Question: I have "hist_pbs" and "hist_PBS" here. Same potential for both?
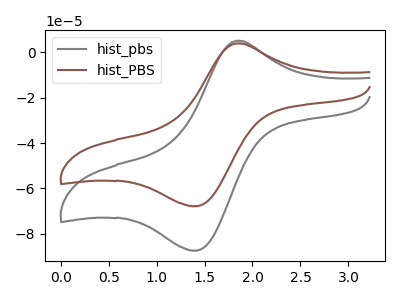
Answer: <think>The gray curve "hist_pbs" has an anodic peak at (1.85V, 5.20uA) and a cathodic peak at (1.35V, -87.45uA). The brown curve "hist_PBS" has an anodic peak at (1.85V, 4.00uA) and a cathodic peak at (1.35V, -67.85uA).
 All the peaks in "hist_pbs" have a peak in "hist_PBS" at the same potential. Every peak in "hist_pbs" is higher than every peak in "hist_PBS".</think>
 <answer>"hist_pbs" and "hist_PBS" are similar in shape.</answer>
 <eval>same_shape</eval>